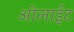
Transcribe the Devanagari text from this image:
ओलाईट